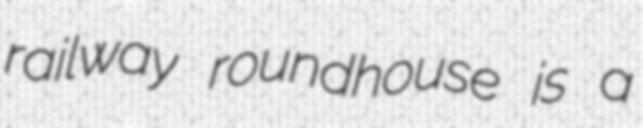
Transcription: railway roundhouse is a